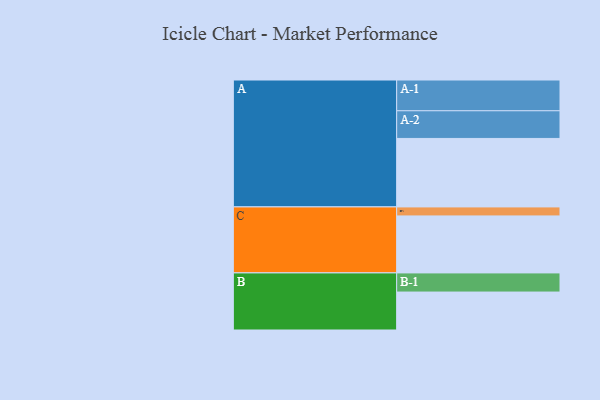
{"axis": {"x": "Segment", "y": "Value"}, "legend": ["", "A", "B", "C"], "data": [{"x": "A", "y": 554, "type": ""}, {"x": "B", "y": 307, "type": ""}, {"x": "C", "y": 461, "type": ""}, {"x": "A-1", "y": 249, "type": "A"}, {"x": "A-2", "y": 224, "type": "A"}, {"x": "B-1", "y": 155, "type": "B"}, {"x": "C-1", "y": 73, "type": "C"}]}